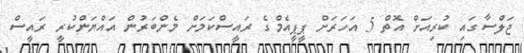
ޖަލްސާގައި ކުރިއަށް އޮތް 5 އަހަރަށް ޕީޕީއެމްގެ ރައީސްކަމަށް މެންބަރުން އައްޔަންކުރީ ރައީސް